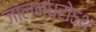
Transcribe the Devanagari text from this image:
जालन्धरोऽथ